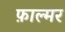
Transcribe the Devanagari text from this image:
फ़ाल्मर